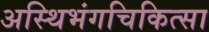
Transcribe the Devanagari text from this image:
अस्थिभंगचिकित्सा